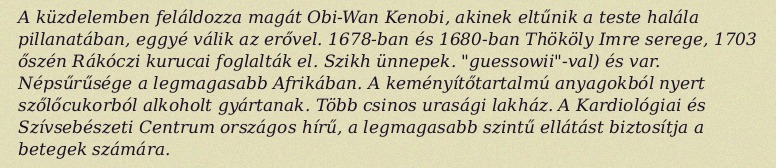
A küzdelemben feláldozza magát Obi-Wan Kenobi, akinek eltűnik a teste halála pillanatában, eggyé válik az erővel. 1678-ban és 1680-ban Thököly Imre serege, 1703 őszén Rákóczi kurucai foglalták el. Szikh ünnepek. "guessowii"-val) és var. Népsűrűsége a legmagasabb Afrikában. A keményítőtartalmú anyagokból nyert szőlőcukorból alkoholt gyártanak. Több csinos urasági lakház. A Kardiológiai és Szívsebészeti Centrum országos hírű, a legmagasabb szintű ellátást biztosítja a betegek számára.